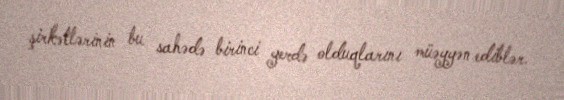
şirkətlərinin bu sahədə birinci yerdə olduqlarını müəyyən ediblər.